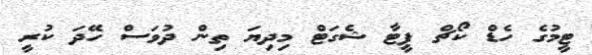
ޓީމުގެ ހެޑް ކޯޗް ޕީޓާ ޝެގަޓް މިދިޔަ ތިން ދުވަސް ހޭދަ ކުރީ